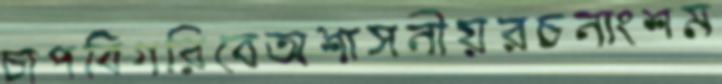
চাপবিগরিবেঅশাসনীয়রচনাংশম